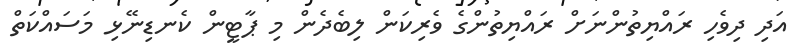
އަދި ދިވެހި ރައްޔިތުންނަށް ރައްޔިތުންގެ ވެރިކަން ލިބެދެން މި ޕާޓީން ކެނޑިނޭޅި މަސައްކަތް